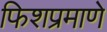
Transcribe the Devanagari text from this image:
फिशप्रमाणे